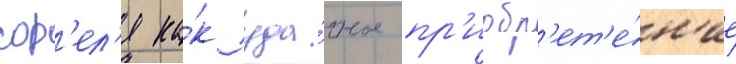
сор'ел'я ка́к уда́чное пр'иобр'ет'е́н'ие